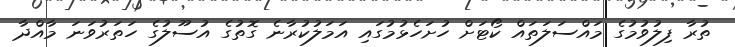
ތުރާ ފިލުވުމުގެ މައްސަލަތައް ކޯޓަށް ހުށަހެޅުމުގައި އަމަލުކުރާނެ ގޮތުގެ އުސޫލުގެ ހަތަރުވަނަ މާއްދާ